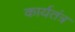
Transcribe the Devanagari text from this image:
कार्यतंत्र